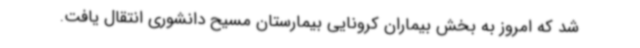
شد که امروز به بخش بیماران کرونایی بیمارستان مسیح دانشوری انتقال یافت.